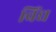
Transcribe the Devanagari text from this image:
विंद्य